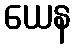
ယေန